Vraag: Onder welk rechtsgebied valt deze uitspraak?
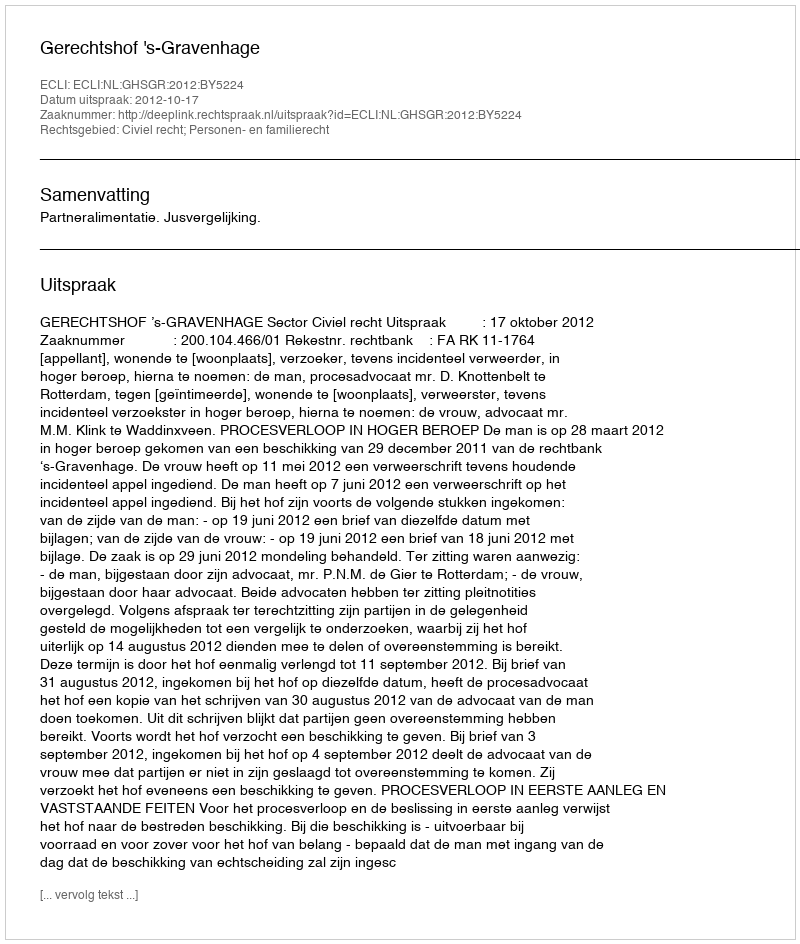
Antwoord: Civiel recht; Personen- en familierecht